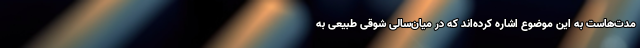
مدت‌هاست به این موضوع اشاره کرده‌اند که در میان‌سالی شوقی طبیعی به